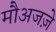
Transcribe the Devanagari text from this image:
मौअजज़े